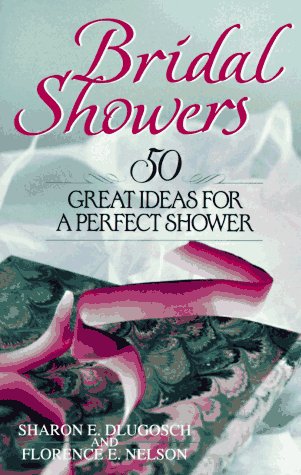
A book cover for Bridal Showers:  50 Great Ideas for a Perfect Shower; Sharon E. Dlugosch; Crafts, Hobbies & Home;